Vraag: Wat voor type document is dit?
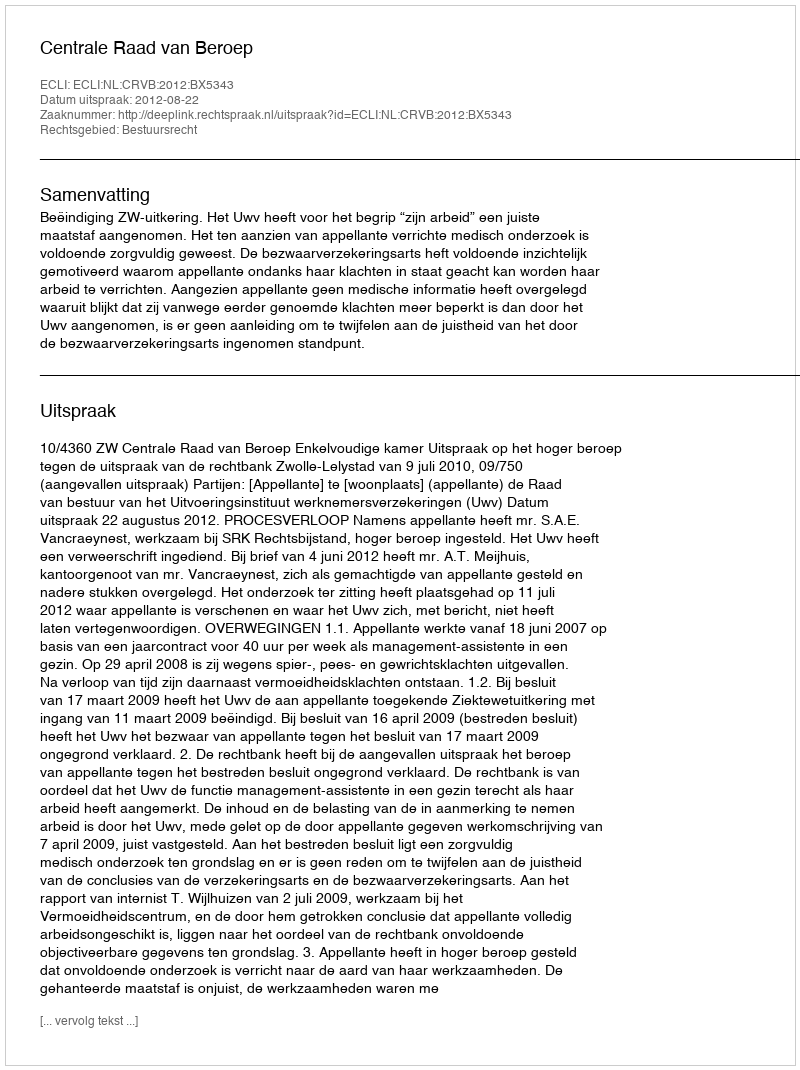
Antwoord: Uitspraak